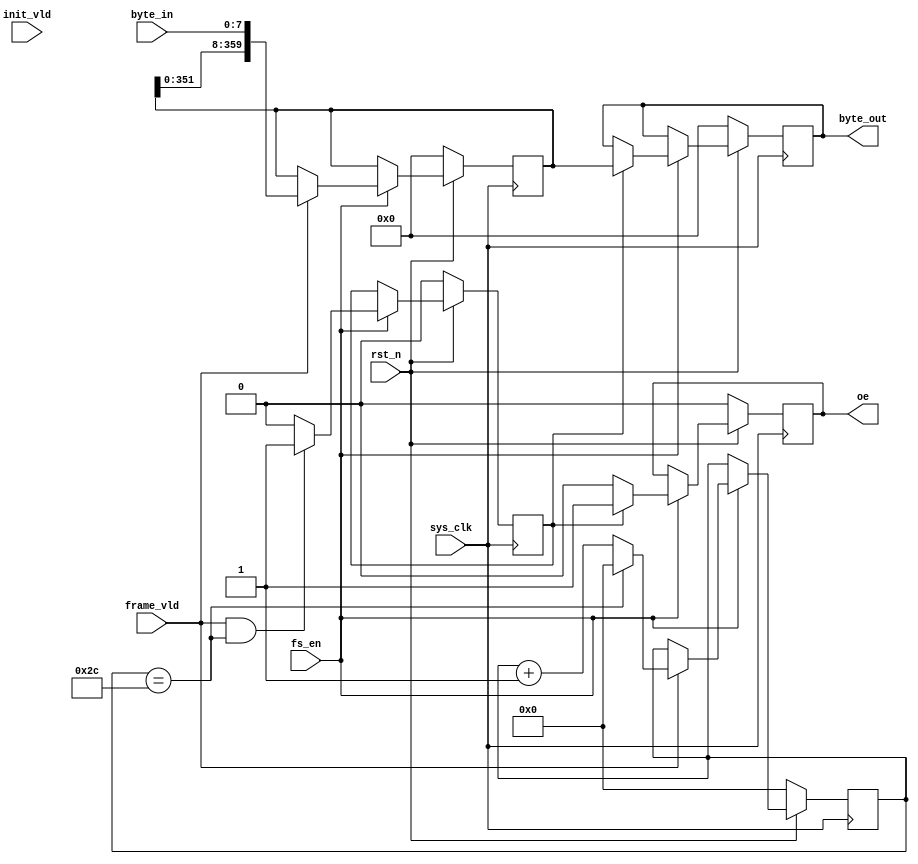
`timescale 1ns / 1ps
module ldpcencoder_data_align(
input	          							sys_clk,
input											fs_en,
input	          							rst_n,
//////////////////////////////////////////////////////////////
input	          							init_vld,
input	          							frame_vld,
input   			 		[7:0]     	byte_in,
//////////////////////////////////////////////////////////////
output  reg  								  oe,
output  reg  		  [359:0]     byte_out
//////////////////////////////////////////////////////////////
);

reg							[5:0]			LDPC_360_Byte_Cnt_reg;

always @(posedge sys_clk)begin
	if(~rst_n)begin
		LDPC_360_Byte_Cnt_reg <= 6'b000000;
	end
	//else if(init_vld == 1)begin
	//	LDPC_360_Byte_Cnt_reg <= 6'b000000;
	//end
	else if(fs_en == 1'b1)begin
		if(frame_vld == 1)begin
			if(LDPC_360_Byte_Cnt_reg == 6'd44)begin
				LDPC_360_Byte_Cnt_reg <= 6'b000000;
			end
			else begin
				LDPC_360_Byte_Cnt_reg <= LDPC_360_Byte_Cnt_reg + 6'b000001;
			end
		end
	end
	else begin
	end
end


//reg											frame_vld_1dly_reg;
//reg							[7:0]			byte_in_1dly_reg;
//
//always @(posedge clk_1x)begin
//	if(~rst_n)begin
//		byte_in_1dly_reg <= 8'b00000000;
//		frame_vld_1dly_reg <= 1'b0;
//	end
//	else begin
//		byte_in_1dly_reg <= byte_in;
//		frame_vld_1dly_reg <= frame_vld;
//	end
//end

reg  		 				 [359:0]     byte_out_tmp;

always @(posedge sys_clk)begin
	if(~rst_n)begin
		byte_out_tmp <= 360'h0;
	end
	else if(fs_en == 1'b1)begin
		if(frame_vld == 1) begin
			byte_out_tmp <= {byte_out_tmp[351:0],byte_in};
		end
	end
	else begin
	end
end

reg													oe_tmp;


always @(posedge sys_clk)begin
	if(~rst_n)begin
		oe_tmp <= 1'b0;
	end
	else if(fs_en == 1'b1)begin
		if((frame_vld == 1)&&(LDPC_360_Byte_Cnt_reg == 6'd44))begin
			oe_tmp <= 1'b1;
		end
		else begin
			oe_tmp <= 1'b0;
		end
	end
	else begin
	end
end

always @(posedge sys_clk)begin
	if(~rst_n)begin
		oe <= 1'b0;
		byte_out <= 360'h0;
	end
	else if(fs_en == 1'b1)begin
		if(oe_tmp == 1)begin
			oe <= 1'b1;
			byte_out <= byte_out_tmp;
		end
		else begin
			oe <= 1'b0;
		end
	end
	else begin
	end
end


endmodule